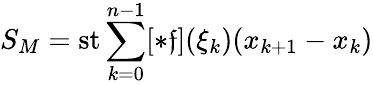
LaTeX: S_{M}=\operatorname{st}\sum_{k=0}^{n-1}[*\mathfrak{f}](\xi_{k})(x_{k+1}-x_{k})